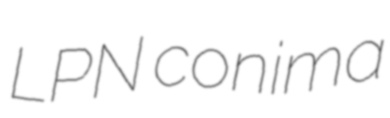
LPN conima